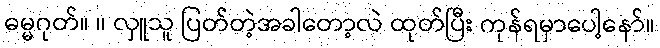
ဓမ္မဂုတ်။ ။ လှူသူ ပြတ်တဲ့အခါတော့လဲ ထုတ်ပြီး ကုန်ရမှာပေါ့နော်။